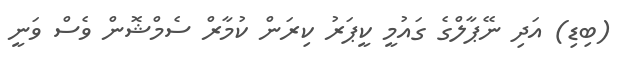
(ބިޑި) އަދި ނޭޕާލްގެ ގައުމީ ކީޕަރު ކިރަން ކުމާރް ސެމްޝޮން ވެސް ވަނީ